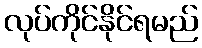
လုပ်ကိုင်နိုင်ရမည်